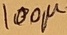
Text: 100µ